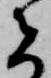
者